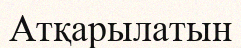
Атқарылатын